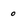
Character: 0